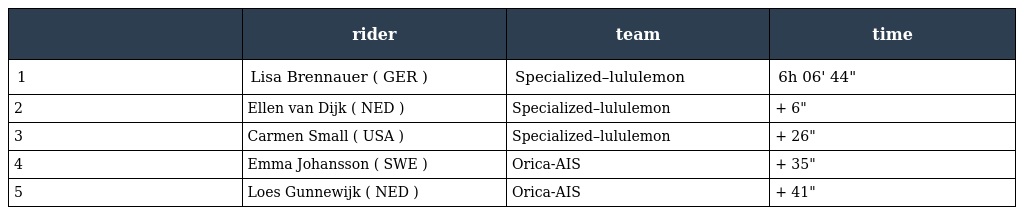
|  | rider | team | time |
 | --- | --- | --- | --- |
 | 1 | Lisa Brennauer ( GER ) | Specialized–lululemon | 6h 06' 44" |
 | 2 | Ellen van Dijk ( NED ) | Specialized–lululemon | + 6" |
 | 3 | Carmen Small ( USA ) | Specialized–lululemon | + 26" |
 | 4 | Emma Johansson ( SWE ) | Orica-AIS | + 35" |
 | 5 | Loes Gunnewijk ( NED ) | Orica-AIS | + 41" |